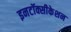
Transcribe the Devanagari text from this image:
इनटॉक्सीकेशन